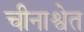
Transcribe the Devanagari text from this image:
चीनाश्वेत